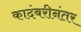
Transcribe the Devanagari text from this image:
कादंबरीनंतर